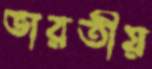
ভারতীয়